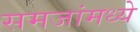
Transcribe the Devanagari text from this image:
समजांमध्ये